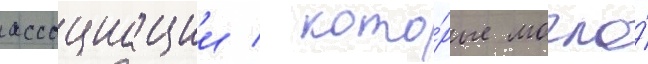
ассоциации / кото́рые могло́